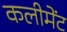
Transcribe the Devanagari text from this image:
कलीमेंट